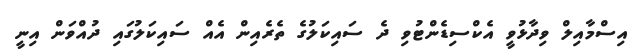
އިސްމާއިލް ވިދާޅުވީ އެކްސިޑެންޓުވި ދެ ސައިކަލުގެ ތެރެއިން އެއް ސައިކަލުގައި ދުއްވަން އިނީ